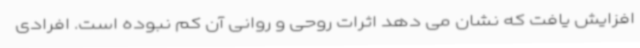
افزایش یافت که نشان می دهد اثرات روحی و روانی آن کم نبوده است. افرادی